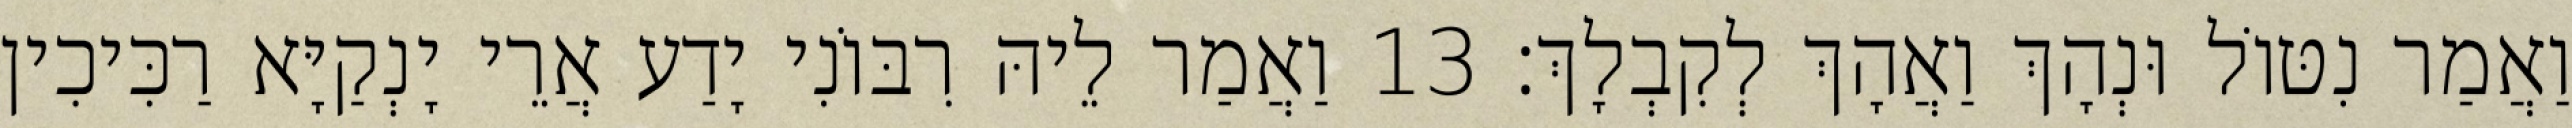
וַאֲמַר נִטּוֹל וּנְהָךְ וַאֲהָךְ לְקִבְלָךְ׃ 13 וַאֲמַר לֵיהּ רִבּוֹנִי יָדַע אֲרֵי יָנְקַיָּא רַכִּיכִין